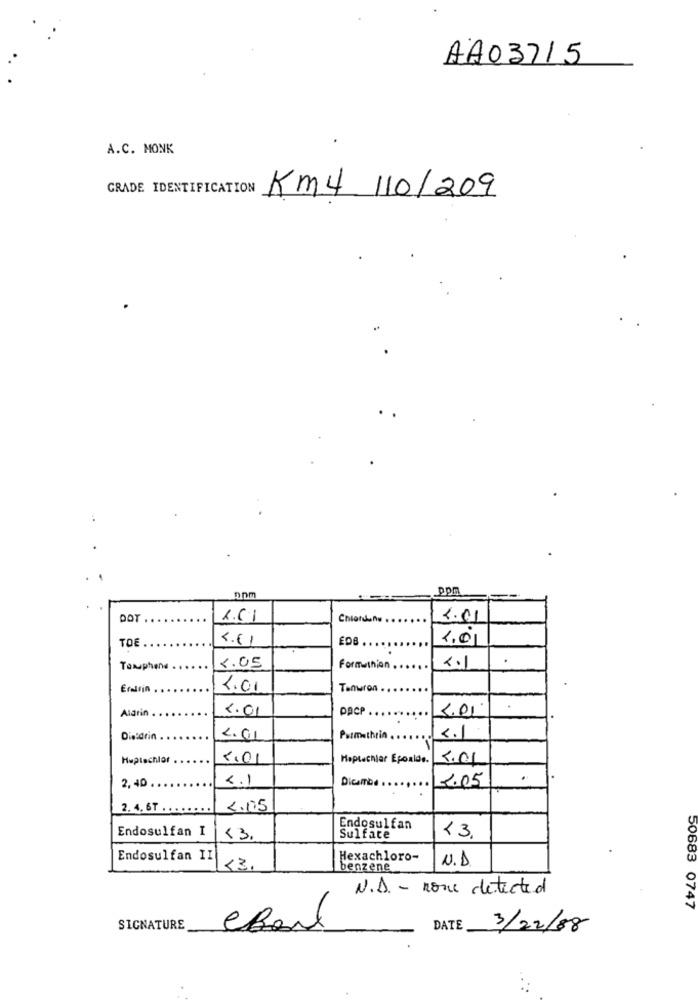
AA03715
A.C. MONK
GRADE IDENTIFICATION
Km4 110/209
nom
ppm
DOT
Chlordans
2.01
4.61
EDB .
2.0
TO
Taxaphene ..
5.05
Formathion .
2.1
Erallin
4.01
Tenwron
Alarin
4.01
PACP .
5.01
Die:drin
2.01
Permethrin.
2.1
Heptachlor
5.01
Heptachiar Epoaide.
5.01
2,40
2.1
Dicombe
1.05
2. 4, 6T .
2.105
Endosulfan I
Endosulfan
<3
<3.
Sulfate
Endosulfan II
Hexachloro-
N.D
53.
benzene
N.D. - none detected
50683 0747
SIGNATURE
DATE
3/22/88